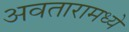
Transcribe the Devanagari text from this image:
अवतारामध्ये